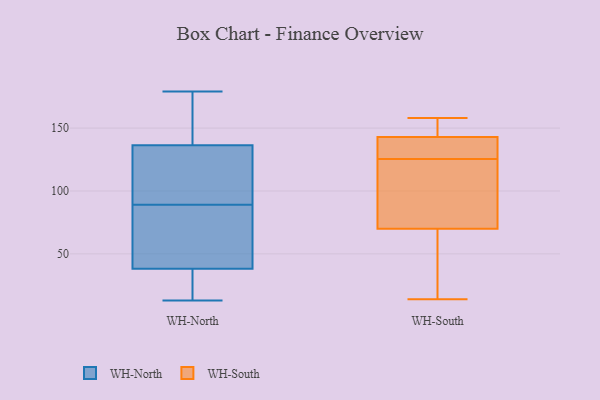
{"axis": {"x": "Shipments", "y": "Value"}, "legend": ["WH-North", "WH-South"], "data": [{"x": "", "y": 116, "type": "WH-North"}, {"x": "", "y": 102, "type": "WH-North"}, {"x": "", "y": 31, "type": "WH-North"}, {"x": "", "y": 66, "type": "WH-North"}, {"x": "", "y": 166, "type": "WH-North"}, {"x": "", "y": 60, "type": "WH-North"}, {"x": "", "y": 89, "type": "WH-North"}, {"x": "", "y": 143, "type": "WH-North"}, {"x": "", "y": 179, "type": "WH-North"}, {"x": "", "y": 19, "type": "WH-North"}, {"x": "", "y": 13, "type": "WH-North"}, {"x": "", "y": 72, "type": "WH-South"}, {"x": "", "y": 24, "type": "WH-South"}, {"x": "", "y": 56, "type": "WH-South"}, {"x": "", "y": 125, "type": "WH-South"}, {"x": "", "y": 133, "type": "WH-South"}, {"x": "", "y": 158, "type": "WH-South"}, {"x": "", "y": 137, "type": "WH-South"}, {"x": "", "y": 118, "type": "WH-South"}, {"x": "", "y": 131, "type": "WH-South"}, {"x": "", "y": 14, "type": "WH-South"}, {"x": "", "y": 158, "type": "WH-South"}, {"x": "", "y": 143, "type": "WH-South"}, {"x": "", "y": 75, "type": "WH-South"}, {"x": "", "y": 157, "type": "WH-South"}, {"x": "", "y": 57, "type": "WH-South"}, {"x": "", "y": 70, "type": "WH-South"}, {"x": "", "y": 144, "type": "WH-South"}, {"x": "", "y": 126, "type": "WH-South"}]}